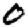
Digit: 0